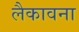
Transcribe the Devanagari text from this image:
लैकावना